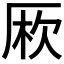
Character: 𠩱